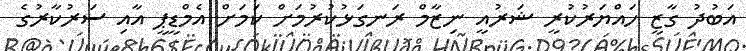
އަބުދު ގާޒީ ހައްޔަރުކުރީ ޝަރުއީ ނިޒާމް ރަނގަޅުކުރުމަށް ކަމަށް އެމްޑީޕީ އާއި ސަރުކާރުގެ